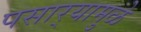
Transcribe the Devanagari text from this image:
पसार्‍यामुळे